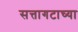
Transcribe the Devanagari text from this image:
सत्तागटाच्या